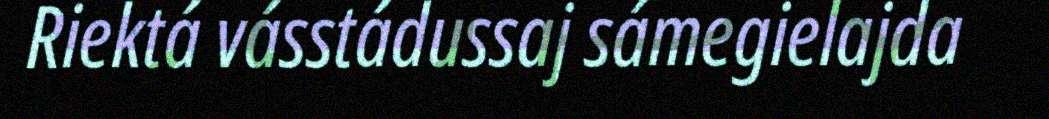
Riektá vásstádussaj sámegielajda